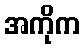
အကိုက